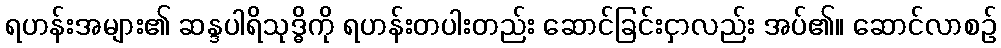
ရဟန်းအများ၏ ဆန္ဒပါရိသုဒ္ဓိကို ရဟန်းတပါးတည်း ဆောင်ခြင်းငှာလည်း အပ်၏။ ဆောင်လာစဉ်